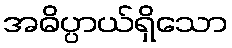
အဓိပ္ပာယ်ရှိသော